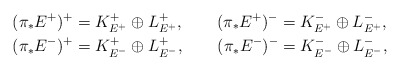
\begin{align*}(\pi_*E^+)^+&=K_{E^+}^+\oplus L_{E^+}^+,\qquad(\pi_*E^+)^-=K_{E^+}^-\oplus L_{E^+}^-,\\(\pi_*E^-)^+&=K_{E^-}^+\oplus L_{E^-}^+,\qquad(\pi_*E^-)^-=K_{E^-}^-\oplus L_{E^-}^-,\end{align*}